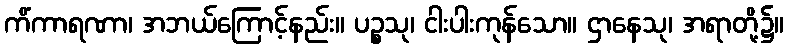
ကိံကာရဏာ၊ အဘယ်ကြောင့်နည်း။ ပဉ္စသု၊ ငါးပါးကုန်သော။ ဌာနေသု၊ အရာတို့၌။